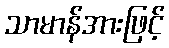
သာမာန်အားဖြင့်